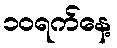
၁၀ရက်နေ့